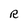
Character: R